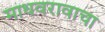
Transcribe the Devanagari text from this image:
माधवरावाचा